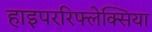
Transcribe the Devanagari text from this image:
हाइपररिफ्लेक्सिया